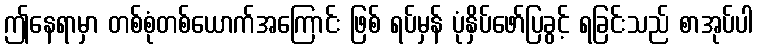
ဤနေရာမှာ တစ်စုံတစ်ယောက်အကြောင်း ဖြစ် ရပ်မှန် ပုံနှိပ်ဖော်ပြခွင့် ရခြင်းသည် စာအုပ်ပါ